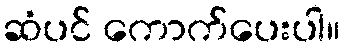
ဆံပင် ကောက်ပေးပါ။